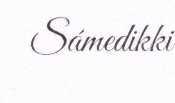
Sámedikki